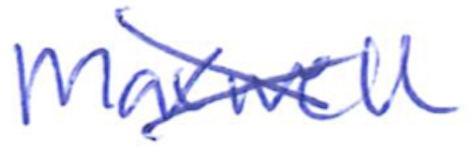
Text: Maxwell
Cross-out: cross
Writing tool: ballpoint